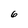
Character: 6